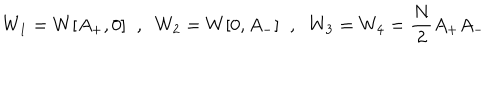
W _ { 1 } = W [ A _ { + } , 0 ] \; \; , \; \; W _ { 2 } = W [ 0 , A _ { - } ] \; \; , \; \; W _ { 3 } = W _ { 4 } = { \frac { N } { 2 } } A _ { + } A _ { - }